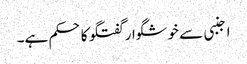
اجنبی سے خوشگوار گفتگو کا حکم ہے۔